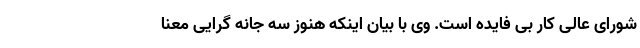
شورای عالی کار بی فایده است. وی با بیان اینکه هنوز سه جانه گرایی معنا